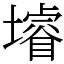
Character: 龼